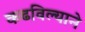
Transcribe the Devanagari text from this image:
कढविल्याने